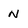
Character: N